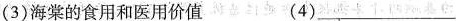
(3)海棠的食用和医用价值(4)___个